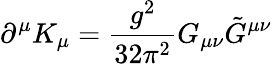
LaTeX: \partial^{\mu}K_{\mu}={\frac{g^{2}}{32\pi^{2}}}G_{\mu\nu}{\tilde{G}}^{\mu\nu}